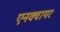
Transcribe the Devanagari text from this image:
एनक्वायर